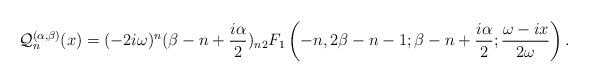
LaTeX: \begin{align*}\mathcal{Q}^{(\alpha,\beta)}_{n}(x)=(-2i\omega)^n(\beta-n+\frac{i\alpha}{2})_n{}_2 F_1\left(-n,2\beta-n-1; \beta-n+ \frac{i\alpha}{2}; \dfrac{\omega-ix}{2\omega}\right).\end{align*}